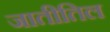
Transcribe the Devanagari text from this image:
जातीतिल